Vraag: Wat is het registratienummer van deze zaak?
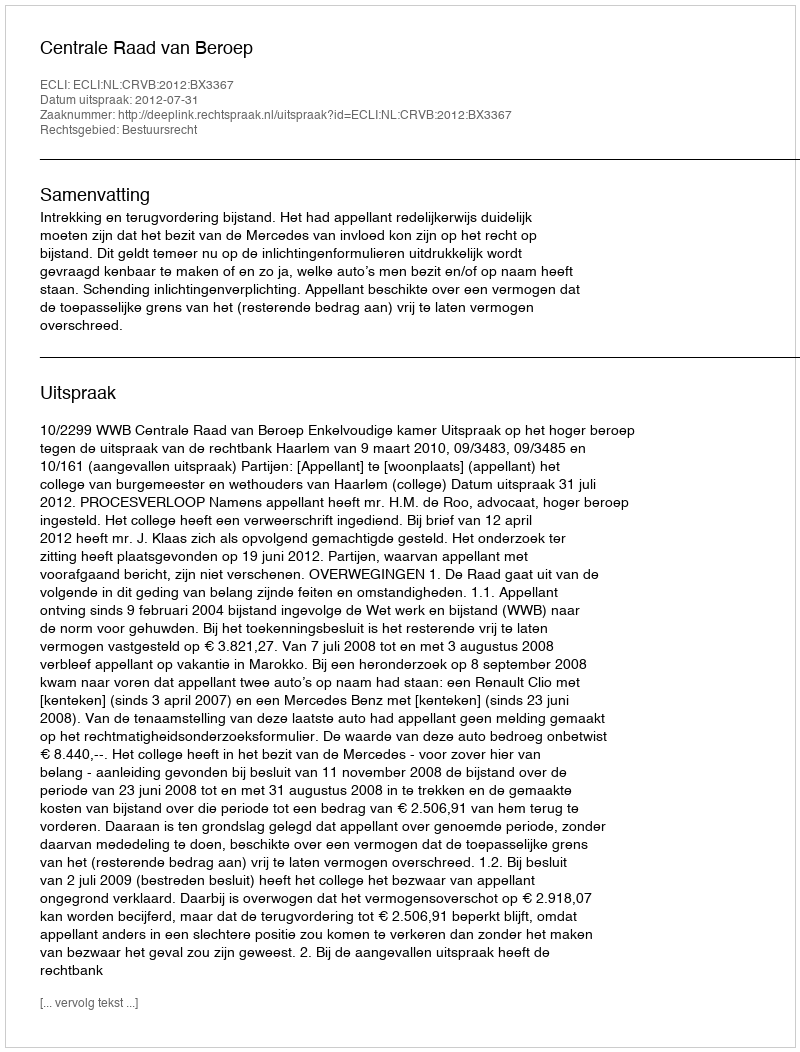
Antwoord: http://deeplink.rechtspraak.nl/uitspraak?id=ECLI:NL:CRVB:2012:BX3367